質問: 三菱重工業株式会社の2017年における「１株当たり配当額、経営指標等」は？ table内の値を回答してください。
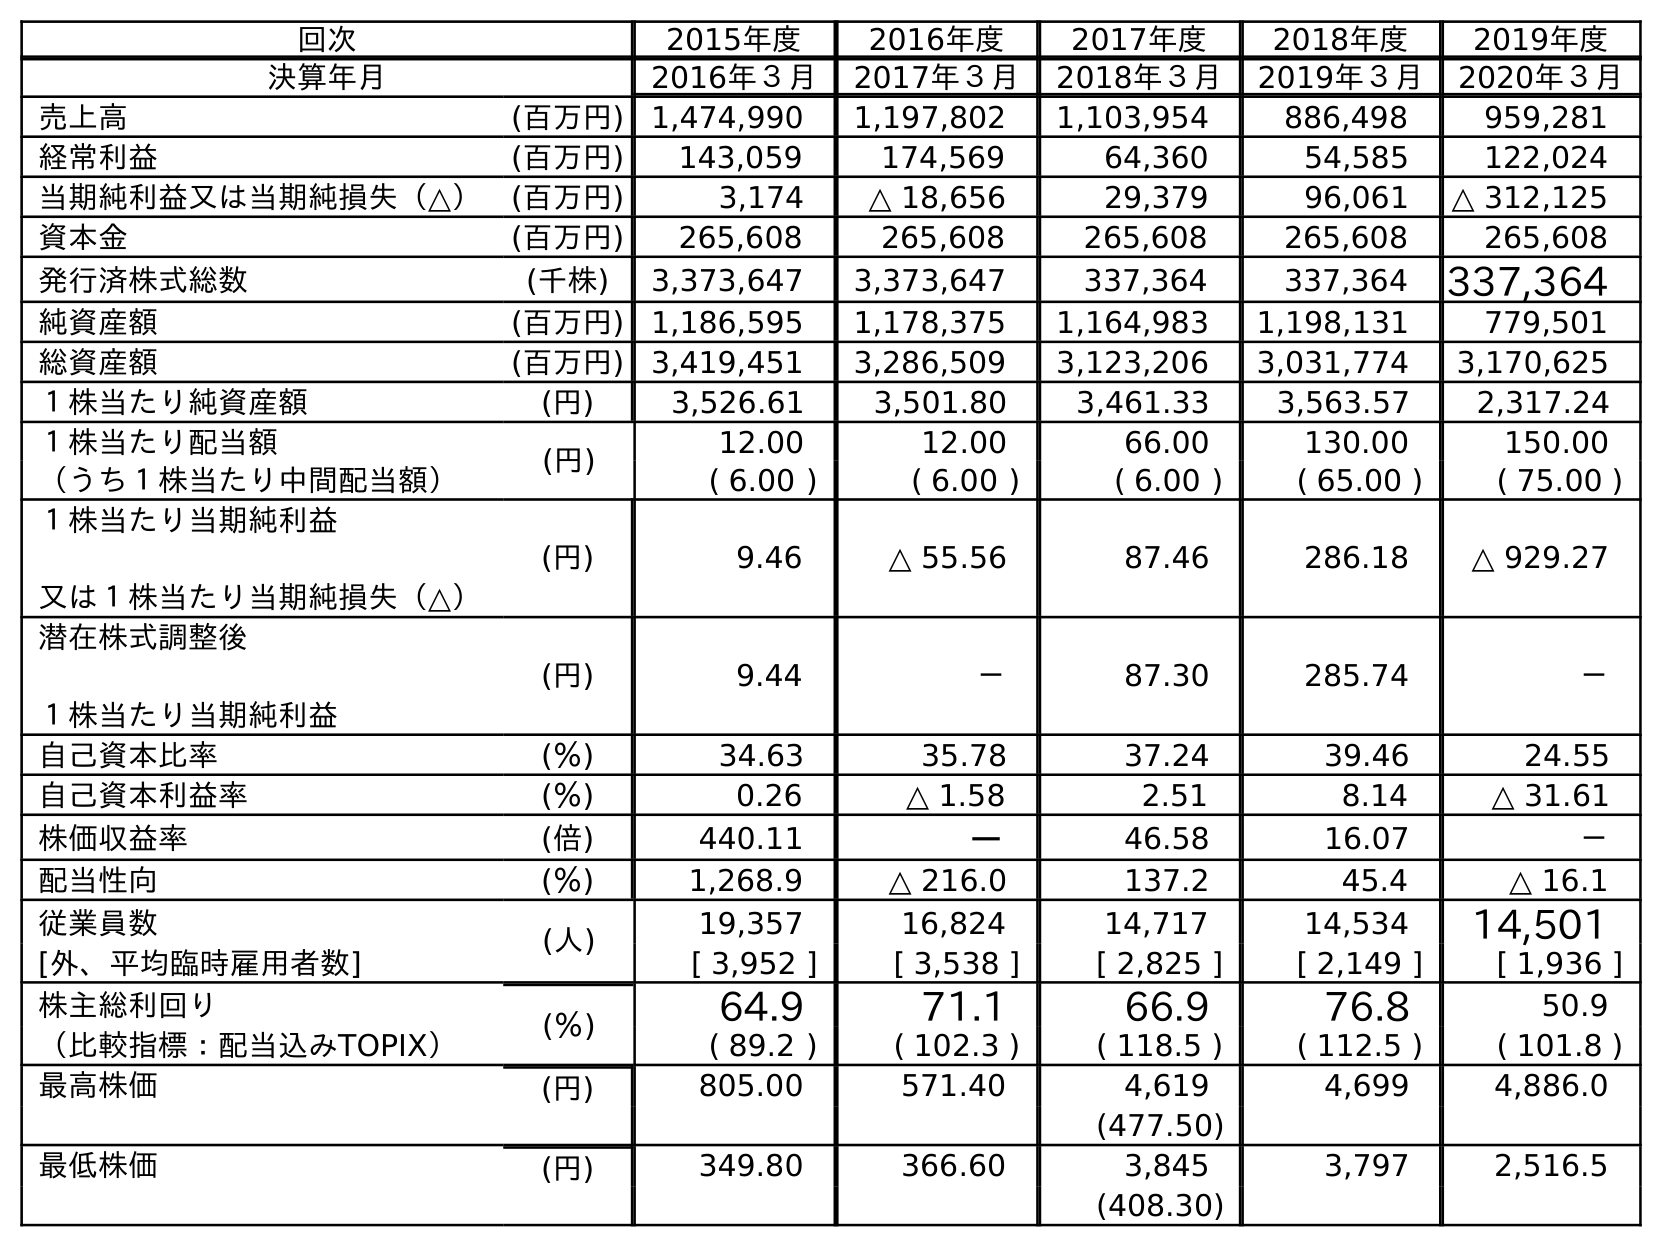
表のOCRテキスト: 回次 2015年度 2016年度 2017年度 2018年度 2019年度 決算年月 2016年３月 2017年３月 2018年３月 2019年３月 2020年３月 売上高 (百万円) 1,474,990 1,197,802 1,103,954 886,498 959,281 経常利益 (百万円) 143,059 174,569 64,360 54,585 122,024 当期純利益又は当期純損失（△） (百万円) 3,174 △ 18,656 29,379 96,061 △ 312,125 資本金 (百万円) 265,608 265,608 265,608 265,608 265,608 発行済株式総数 (千株) 3,373,647 3,373,647 337,364 337,364 337,364 純資産額 (百万円) 1,186,595 1,178,375 1,164,983 1,198,131 779,501 総資産額 (百万円) 3,419,451 3,286,509 3,123,206 3,031,774 3,170,625 １株当たり純資産額 (円) 3,526.61 3,501.80 3,461.33 3,563.57 2,317.24 １株当たり配当額 (円) 12.00 12.00 66.00 130.00 150.00 （うち１株当たり中間配当額） ( 6.00 ) ( 6.00 ) ( 6.00 ) ( 65.00 ) ( 75.00 ) １株当たり当期純利益 又は１株当たり当期純損失（△） (円) 9.46 △ 55.56 87.46 286.18 △ 929.27 潜在株式調整後 １株当たり当期純利益 (円) 9.44 － 87.30 285.74 － 自己資本比率 (％) 34.63 35.78 37.24 39.46 24.55 自己資本利益率 (％) 0.26 △ 1.58 2.51 8.14 △ 31.61 株価収益率 (倍) 440.11 － 46.58 16.07 － 配当性向 (％) 1,268.9 △ 216.0 137.2 45.4 △ 16.1 従業員数 (人) 19,357 16,824 14,717 14,534 14,501 [外、平均臨時雇用者数] [ 3,952 ] [ 3,538 ] [ 2,825 ] [ 2,149 ] [ 1,936 ] 株主総利回り (％) 64.9 71.1 66.9 76.8 50.9 （比較指標：配当込みTOPIX） ( 89.2 ) ( 102.3 ) ( 118.5 ) ( 112.5 ) ( 101.8 ) 最高株価 (円) 805.00 571.40 4,619 4,699 4,886.0 (477.50) 最低株価 (円) 349.80 366.60 3,845 3,797 2,516.5 (408.30)
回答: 12.00